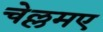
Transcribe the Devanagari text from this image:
चेल्लमए